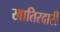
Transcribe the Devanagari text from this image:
खातिरदारी